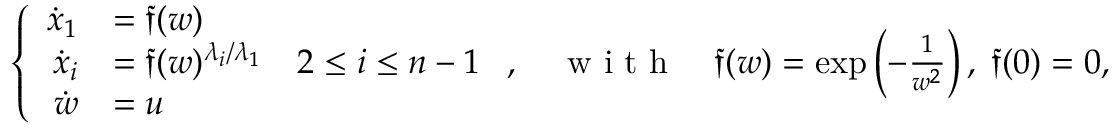
\begin{array} { r } { \left\{ \begin{array} { r l } { \dot { x } _ { 1 } } & { = \mathfrak { f } ( w ) } \\ { \dot { x } _ { i } } & { = \mathfrak { f } ( w ) ^ { \lambda _ { i } / \lambda _ { 1 } } \quad 2 \leq i \leq n - 1 } \\ { \dot { w } } & { = u } \end{array} \right. , \quad \textrm { w i t h } \quad \mathfrak { f } ( w ) = \exp \left( - \frac { 1 } { w ^ { 2 } } \right) , \; \mathfrak { f } ( 0 ) = 0 , } \end{array}